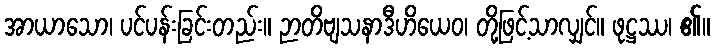
အာယာသော၊ ပင်ပန်းခြင်းတည်း။ ဉာတိဗျသနာဒီဟိယေဝ၊ တို့ဖြင့်သာလျှင်။ ဖုဋ္ဌဿ၊ ၏။